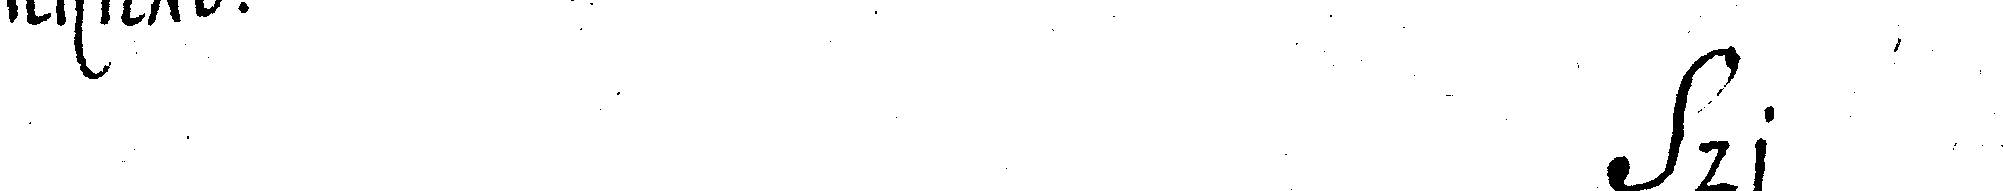
# dr